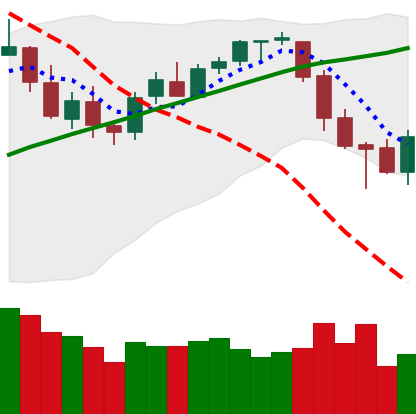
Ticker: BTC-USD
Chart end date: 2018-03-11
Forward return: -12.948%
Label: down_7plus